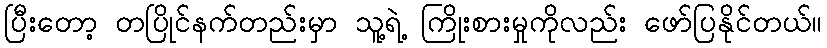
ပြီးတော့ တပြိုင်နက်တည်းမှာ သူ့ရဲ့ ကြိုးစားမှုကိုလည်း ဖော်ပြနိုင်တယ်။